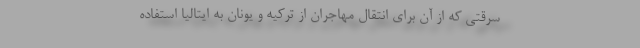
سرقتی که از آن برای انتقال مهاجران از ترکیه و یونان به ایتالیا استفاده